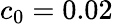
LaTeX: c_{0}=0.02